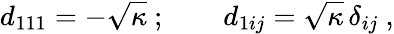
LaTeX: d_{111}=-\sqrt{\kappa}\ ;\qquad d_{1ij}=\sqrt{\kappa}\, \delta_{ij}\ ,